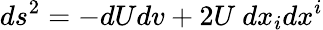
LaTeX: ds^{2}=-dUdv+2U\ dx_{i}dx^{i}